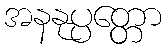
အနနုပ္ပတ္တော